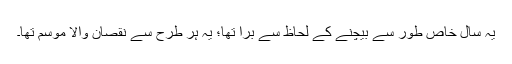
یہ سال خاص طور سے بیچنے کے لحاظ سے برا تھا؛ یہ ہر طرح سے نقصان والا موسم تھا۔